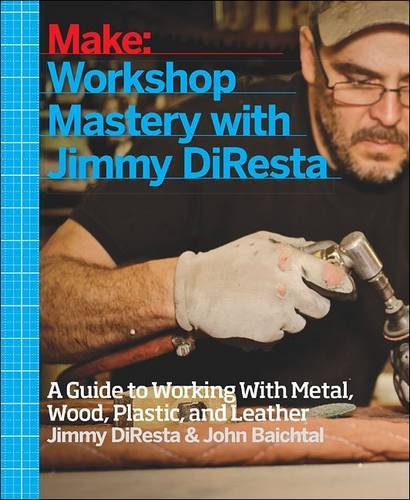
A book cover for Make: Workshop Mastery With Jimmy DiResta: A Guide to Working With Metal, Wood, Plastic, and Leather; Jimmy DiResta; Crafts, Hobbies & Home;